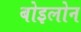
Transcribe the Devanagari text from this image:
बोइलोन